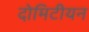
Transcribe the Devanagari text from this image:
दोमिटीयन